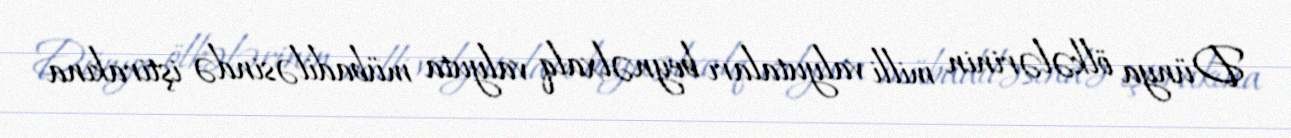
Dünya ölkələrinin milli valyutaları beynəlxalq valyuta mübadiləsində iştirakına